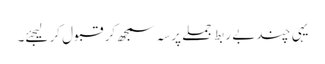
یہی چند بے ربط جملے پرسہ سمجھ کر قبول کر لیجئے۔